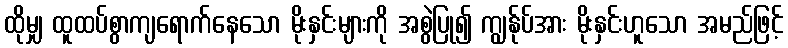
ထိုမျှ ထူထပ်စွာကျရောက်နေသော မိုးနှင်းများကို အစွဲပြု၍ ကျွန်ုပ်အား မိုးနှင်းဟူသော အမည်ဖြင့်